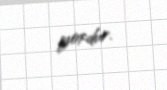
yoxdur.